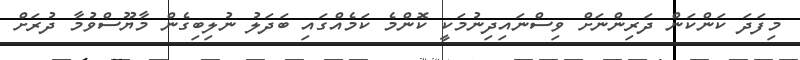
މިފަދަ ކަންކަން ދަރިންނަށް ވިސްނައިދިނުމަކީ ކޮންމެ ކަމެއްގައި ބަދަލު ނުލިބިގެން މާޔޫސްވުމާ ދުރަށް